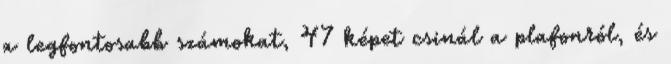
a legfontosabb számokat, 47 képet csinál a plafonról, és